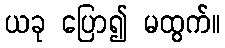
ယခု ပြော၍ မထွက်။